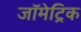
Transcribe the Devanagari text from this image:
जॉमेट्रिक